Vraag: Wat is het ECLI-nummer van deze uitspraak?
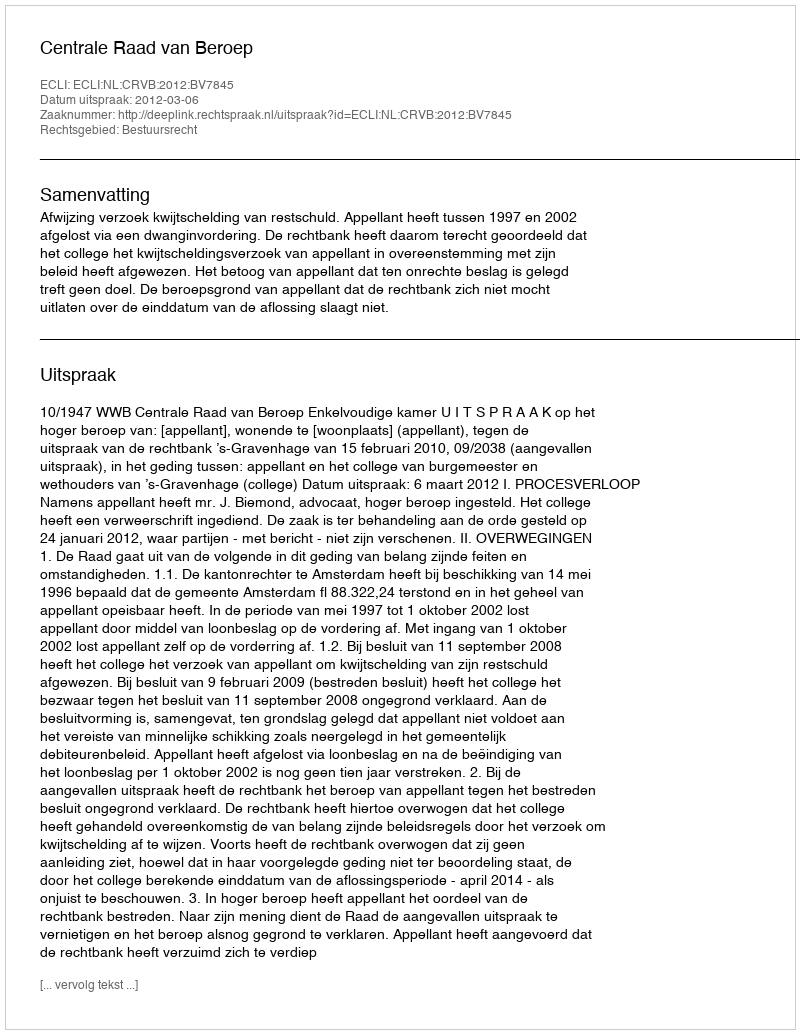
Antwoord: ECLI:NL:CRVB:2012:BV7845